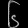
Digit: ၆